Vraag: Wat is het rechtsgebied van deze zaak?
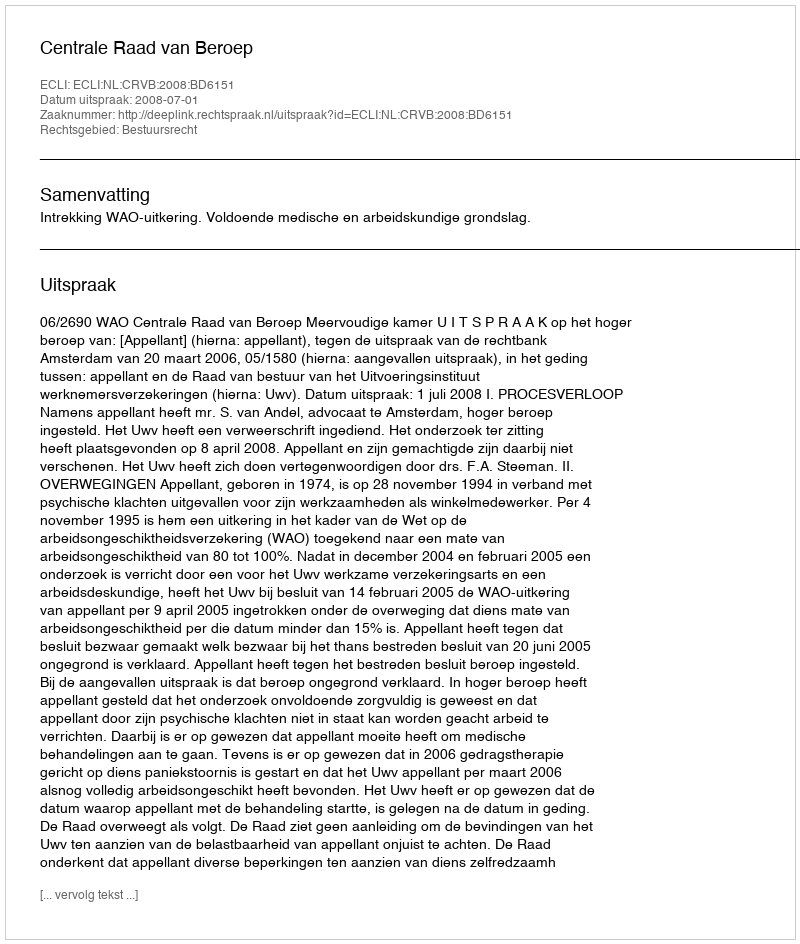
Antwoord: Bestuursrecht